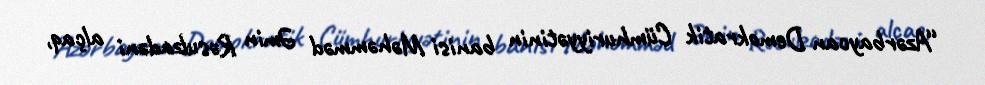
“Azərbaycan Demokratik Cümhuriyyətinin banisi Məhəmməd Əmin Rəsulzadəni alçaq,